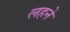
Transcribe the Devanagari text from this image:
लहने